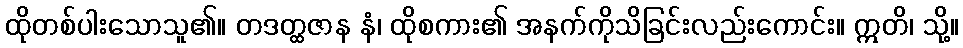
ထိုတစ်ပါးသောသူ၏။ တဒတ္ထဇာန နံ၊ ထိုစကား၏ အနက်ကိုသိခြင်းလည်းကောင်း။ ဣတိ၊ သို့။